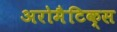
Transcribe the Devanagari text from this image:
अरोमैटिक्स